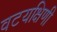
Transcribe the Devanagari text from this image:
वटयक्षिणी